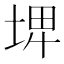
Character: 𡌨